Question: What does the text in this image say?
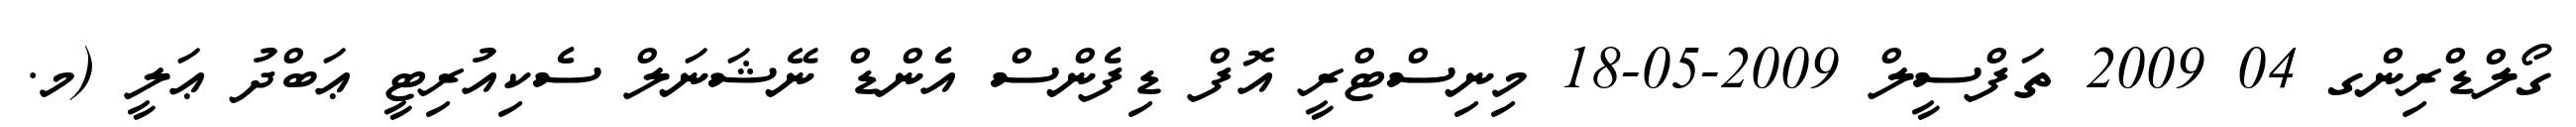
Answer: ގޯލްޑްރިންގ 04 2009 ތަފްސީލް 2009-05-18 މިނިސްޓްރީ އޮފް ޑިފެންސް އެންޑް ނޭޝަނަލް ސެކިއުރިޓީ ޢަބްދު ޢަލީ (މ.